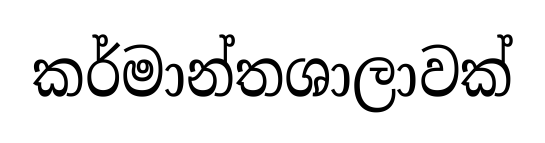
කර්මාන්තශාලාවක්